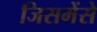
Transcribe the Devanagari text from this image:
जिसमेंसे